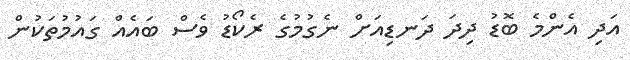
އަދި އެންމެ ބޮޑު ދިދަ ދަނޑިއަށް ނެގުމުގެ ރެކޯޑު ވެސް ބައެއް ގައުމުތަކުން